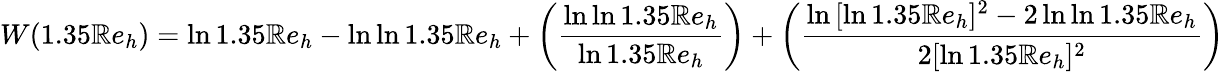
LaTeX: W(1.35\mathbb{R}e_{h})=\ln{1.35\mathbb{R}e_{h}}-\ln{\ln{1.35\mathbb{R}e_{h}}}+\left({\frac{{\ln{\ln{1.35\mathbb{R}e_{h}}}}}{{\ln{1.35\mathbb{R}e_{h}}}}}\right)+\left({\frac{{\ln{[\ln{1.35\mathbb{R}e_{h}}]^{2}-2\ln{\ln{1.35\mathbb{R}e_{h}}}}}}{{2[\ln{1.35\mathbb{R}e_{h}}]^{2}}}}\right)